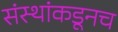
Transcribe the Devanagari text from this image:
संस्थांकडूनच